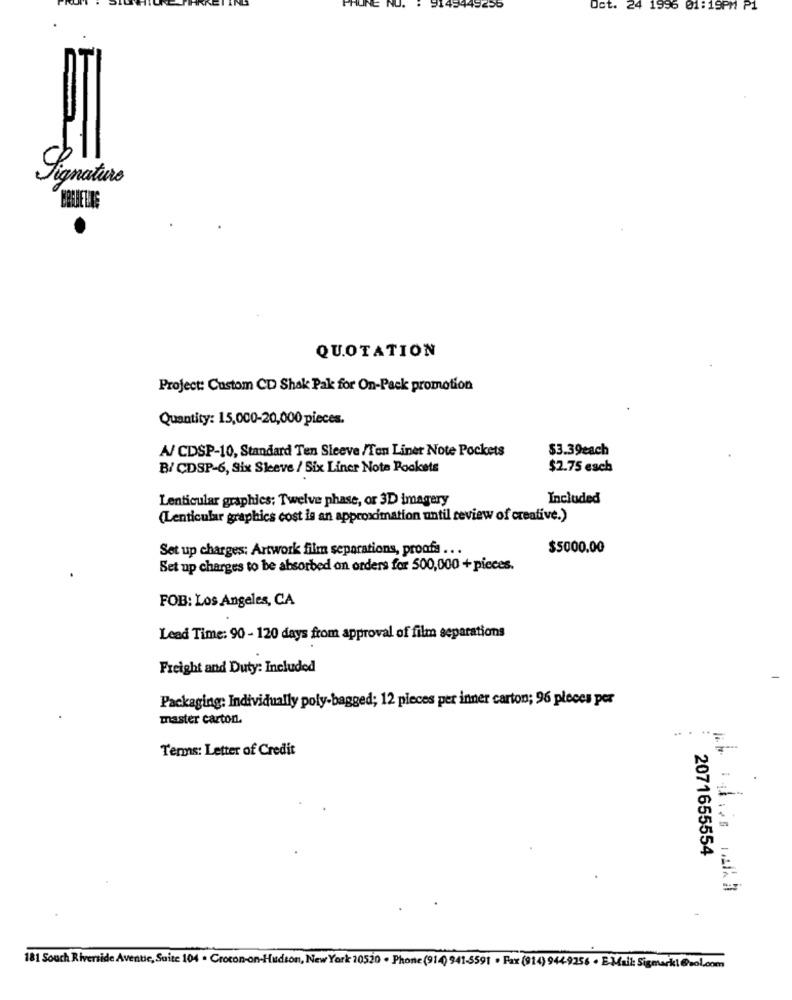
PHONE N
#149449255
Oct.
1956 01:19PM P1
Signature
QUOTATION
Project: Custom CD Shak Pak for On-Pack promotion
Quantity: 15,000-20,000 pieces.
A/ CDSP-10, Standard Ten Sleeve /Ten Liner Note Pockets
$3.39each
B/ CDSP-6, Six Sleeve / Six Liner Nota Pockets
$2.75 esch
Lenticular graphics; Twelve phase, or 3D imagery
Included
(Lenticular graphics cost is an approximation until review of creative.)
Set up charges: Artwork film separations, proofs ...
$5000.00
Set up charges to be absorbed on orders for 500,000 + pieces.
FOB: Los Angeles, CA
Lead Time: 90 - 120 days from approval of film separations
Freight and Duty: Included
Packaging: Individually poly-bagged; 12 pieces per inner carton; 96 pieces per
master carton.
Terms: Letter of Credit
2071655554
181 Souch Riverside Avenue, Suite 104 . Crocon-on-Hudson, New York 10520 . Phone (914) 941-5591 . Fax (914) 944-9256 . E-Mail: Sigmark!@aol.com